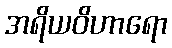
အရိယဝိဟာရော